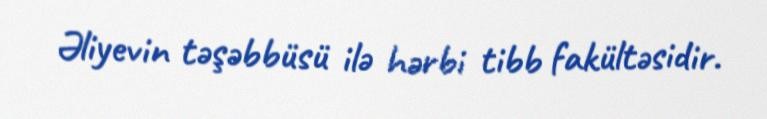
Əliyevin təşəbbüsü ilə hərbi tibb fakültəsidir.